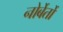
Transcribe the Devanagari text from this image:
नोर्बेर्तो